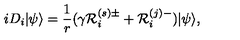
i D _ { i } | \psi \rangle = \frac { 1 } { r } ( \gamma { \cal R } _ { i } ^ { ( s ) \pm } + { \cal R } _ { i } ^ { ( j ) - } ) | \psi \rangle , \nonumber